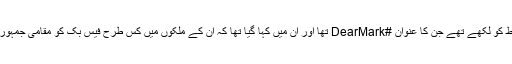
حالیہ چند ماہ میں ان ممالک کے چند گروپوں نے زکربرگ کو تحریری خطوط کو لکھے تھے جن کا عنوان #DearMark تھا اور ان میں کہا گیا تھا کہ ان کے ملکوں میں کس طرح فیس بک کو مقامی جمہوری عمل کو تباہ کرنے اور نسلی فسادات کروانے کے لیے استعمال کیا گیا ہے۔